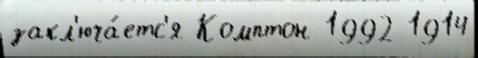
закл'юча́етс'я Комптон 1992 1914